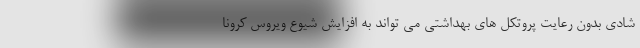
شادی بدون رعایت پروتکل های بهداشتی می تواند به افزایش شیوع ویروس کرونا